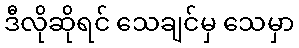
ဒီလိုဆိုရင် သေချင်မှ သေမှာ